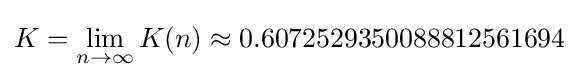
K=\lim _{n\to \infty }K(n)\approx 0.6072529350088812561694